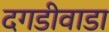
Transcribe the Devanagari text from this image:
दगडीवाडा